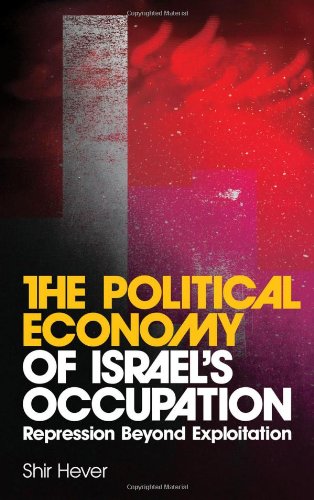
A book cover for The Political Economy of Israel's Occupation: Repression Beyond Exploitation; Shir Hever; Business & Money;